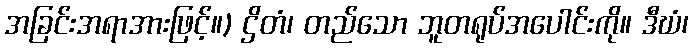
အခြင်းအရာအားဖြင့်။) ဌိတံ၊ တည်သော ဘူတရုပ်အပေါင်းကို။ ဒီဃံ၊